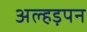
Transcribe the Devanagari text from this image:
अल्हड़पन